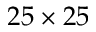
2 5 \times 2 5